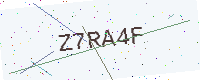
Text: Z7RA4F